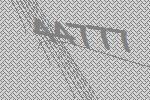
44777